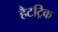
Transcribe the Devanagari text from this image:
हैटट्रिक